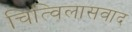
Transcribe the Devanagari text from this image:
चित्विलासवाद